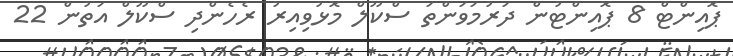
ޕޮއިންޓް 8 ޕޮއިންޓުން ދަރުމަވަންތަ ސްކޫލް މޮޅުވިއިރު ރެހެންދި ސްކޫލް އަތުން 22